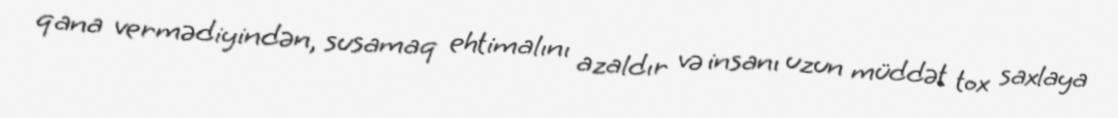
qana vermədiyindən, susamaq ehtimalını azaldır və insanı uzun müddət tox saxlaya